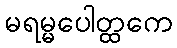
မရမ္မပေါတ္ထကေ